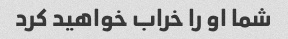
شما او را خراب خواهید کرد